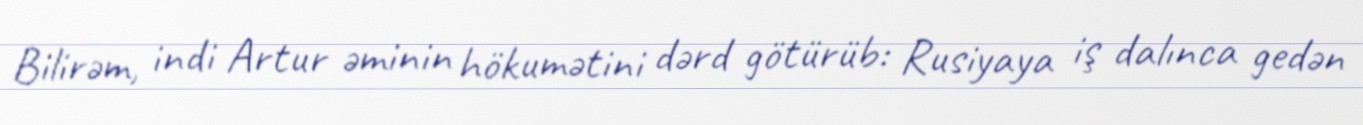
Bilirəm, indi Artur əminin hökumətini dərd götürüb: Rusiyaya iş dalınca gedən